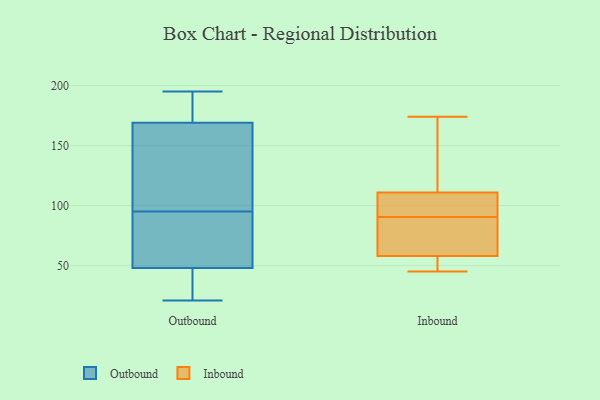
{"axis": {"x": "Net Income (USD K)", "y": "Value"}, "legend": ["Inbound", "Outbound"], "data": [{"x": "", "y": 21, "type": "Outbound"}, {"x": "", "y": 92, "type": "Outbound"}, {"x": "", "y": 98, "type": "Outbound"}, {"x": "", "y": 169, "type": "Outbound"}, {"x": "", "y": 195, "type": "Outbound"}, {"x": "", "y": 48, "type": "Outbound"}, {"x": "", "y": 45, "type": "Outbound"}, {"x": "", "y": 180, "type": "Outbound"}, {"x": "", "y": 154, "type": "Outbound"}, {"x": "", "y": 80, "type": "Outbound"}, {"x": "", "y": 98, "type": "Inbound"}, {"x": "", "y": 111, "type": "Inbound"}, {"x": "", "y": 86, "type": "Inbound"}, {"x": "", "y": 45, "type": "Inbound"}, {"x": "", "y": 174, "type": "Inbound"}, {"x": "", "y": 130, "type": "Inbound"}, {"x": "", "y": 95, "type": "Inbound"}, {"x": "", "y": 55, "type": "Inbound"}, {"x": "", "y": 58, "type": "Inbound"}, {"x": "", "y": 72, "type": "Inbound"}]}